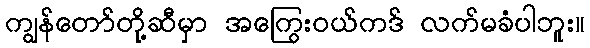
ကျွန်တော်တို့ဆီမှာ အကြွေးဝယ်ကဒ် လက်မခံပါဘူး။